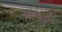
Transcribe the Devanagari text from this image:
आर्चडुके